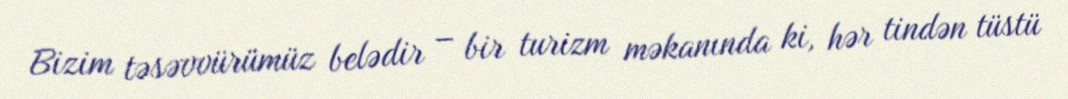
Bizim təsəvvürümüz belədir – bir turizm məkanında ki, hər tindən tüstü